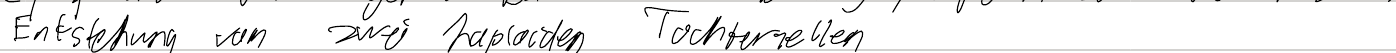
Entstehung von zwei haploiden Tochterzellen